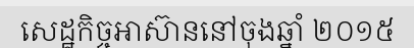
សេដ្ឋកិច្ចអាស៊ាននៅចុងឆ្នាំ ២០១៥